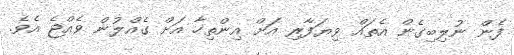
ފެން ނުލިބިގެން އެތައް ވިޔަފާރި އަށް އިންތިހާ އަށް ގެއްލުން ވެއްޖެ އެވެ.